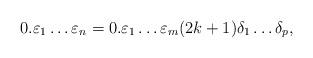
LaTeX: \begin{align*}0. \varepsilon_{1}\ldots\varepsilon_{n}=0. \varepsilon_{1}\ldots\varepsilon_{m}(2k+1) \delta_{1}\ldots\delta_{p},\end{align*}